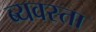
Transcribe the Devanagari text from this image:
ब्यवस्ता